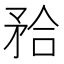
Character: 𭿹